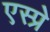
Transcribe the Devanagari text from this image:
एस्प्रे